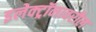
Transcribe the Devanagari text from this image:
इलेक्ट्रॉनावरील